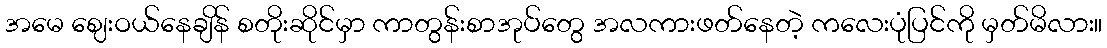
အမေ ဈေးဝယ်နေချိန် စတိုးဆိုင်မှာ ကာတွန်းစာအုပ်တွေ အလကားဖတ်နေတဲ့ ကလေးပုံပြင်ကို မှတ်မိလား။